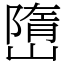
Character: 嶞